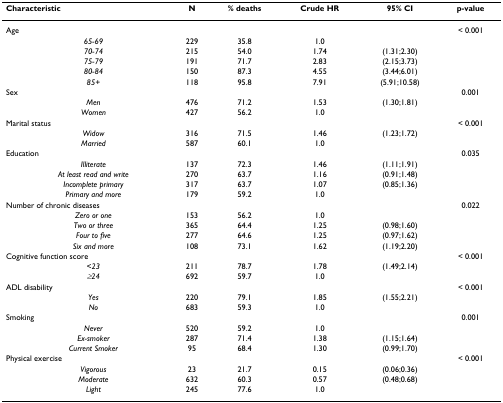
<table><thead><tr><td><b>Characteristic</b></td><td><b>N</b></td><td><b>% deaths</b></td><td><b>Crude HR</b></td><td><b>95% CI</b></td><td><b>p-value</b></td></tr></thead><tbody><tr><td>Age</td><td>[EMPTY_CELL]</td><td>[EMPTY_CELL]</td><td>[EMPTY_CELL]</td><td>[EMPTY_CELL]</td><td>&lt; 0.001</td></tr><tr><td> <i>65-69</i></td><td>229</td><td>35.8</td><td>1.0</td><td>[EMPTY_CELL]</td><td>[EMPTY_CELL]</td></tr><tr><td> <i>70-74</i></td><td>215</td><td>54.0</td><td>1.74</td><td>(1.31;2.30)</td><td>[EMPTY_CELL]</td></tr><tr><td> <i>75-79</i></td><td>191</td><td>71.7</td><td>2.83</td><td>(2.15;3.73)</td><td>[EMPTY_CELL]</td></tr><tr><td> <i>80-84</i></td><td>150</td><td>87.3</td><td>4.55</td><td>(3.44;6.01)</td><td>[EMPTY_CELL]</td></tr><tr><td> <i>85+</i></td><td>118</td><td>95.8</td><td>7.91</td><td>(5.91;10.58)</td><td>[EMPTY_CELL]</td></tr><tr><td>Sex</td><td>[EMPTY_CELL]</td><td>[EMPTY_CELL]</td><td>[EMPTY_CELL]</td><td>[EMPTY_CELL]</td><td>0.001</td></tr><tr><td> <i>Men</i></td><td>476</td><td>71.2</td><td>1.53</td><td>(1.30;1.81)</td><td>[EMPTY_CELL]</td></tr><tr><td> <i>Women</i></td><td>427</td><td>56.2</td><td>1.0</td><td>[EMPTY_CELL]</td><td>[EMPTY_CELL]</td></tr><tr><td>Marital status</td><td>[EMPTY_CELL]</td><td>[EMPTY_CELL]</td><td>[EMPTY_CELL]</td><td>[EMPTY_CELL]</td><td>&lt; 0.001</td></tr><tr><td> <i>Widow</i></td><td>316</td><td>71.5</td><td>1.46</td><td>(1.23;1.72)</td><td>[EMPTY_CELL]</td></tr><tr><td> <i>Married</i></td><td>587</td><td>60.1</td><td>1.0</td><td>[EMPTY_CELL]</td><td>[EMPTY_CELL]</td></tr><tr><td>Education</td><td>[EMPTY_CELL]</td><td>[EMPTY_CELL]</td><td>[EMPTY_CELL]</td><td>[EMPTY_CELL]</td><td>0.035</td></tr><tr><td> <i>Illiterate</i></td><td>137</td><td>72.3</td><td>1.46</td><td>(1.11;1.91)</td><td>[EMPTY_CELL]</td></tr><tr><td> <i>At least read and write</i></td><td>270</td><td>63.7</td><td>1.16</td><td>(0.91;1.48)</td><td>[EMPTY_CELL]</td></tr><tr><td> <i>Incomplete primary</i></td><td>317</td><td>63.7</td><td>1.07</td><td>(0.85;1.36)</td><td>[EMPTY_CELL]</td></tr><tr><td> <i>Primary and more</i></td><td>179</td><td>59.2</td><td>1.0</td><td>[EMPTY_CELL]</td><td>[EMPTY_CELL]</td></tr><tr><td>Number of chronic diseases</td><td>[EMPTY_CELL]</td><td>[EMPTY_CELL]</td><td>[EMPTY_CELL]</td><td>[EMPTY_CELL]</td><td>0.022</td></tr><tr><td> <i>Zero or one</i></td><td>153</td><td>56.2</td><td>1.0</td><td>[EMPTY_CELL]</td><td>[EMPTY_CELL]</td></tr><tr><td> <i>Two or three</i></td><td>365</td><td>64.4</td><td>1.25</td><td>(0.98;1.60)</td><td>[EMPTY_CELL]</td></tr><tr><td> <i>Four to five</i></td><td>277</td><td>64.6</td><td>1.25</td><td>(0.97;1.62)</td><td>[EMPTY_CELL]</td></tr><tr><td> <i>Six and more</i></td><td>108</td><td>73.1</td><td>1.62</td><td>(1.19;2.20)</td><td>[EMPTY_CELL]</td></tr><tr><td>Cognitive function score</td><td>[EMPTY_CELL]</td><td>[EMPTY_CELL]</td><td>[EMPTY_CELL]</td><td>[EMPTY_CELL]</td><td>&lt; 0.001</td></tr><tr><td> <i>&lt;23</i></td><td>211</td><td>78.7</td><td>1.78</td><td>(1.49;2.14)</td><td>[EMPTY_CELL]</td></tr><tr><td> <i>≥24</i></td><td>692</td><td>59.7</td><td>1.0</td><td>[EMPTY_CELL]</td><td>[EMPTY_CELL]</td></tr><tr><td>ADL disability</td><td>[EMPTY_CELL]</td><td>[EMPTY_CELL]</td><td>[EMPTY_CELL]</td><td>[EMPTY_CELL]</td><td>&lt; 0.001</td></tr><tr><td> <i>Yes</i></td><td>220</td><td>79.1</td><td>1.85</td><td>(1.55;2.21)</td><td>[EMPTY_CELL]</td></tr><tr><td> <i>No</i></td><td>683</td><td>59.3</td><td>1.0</td><td>[EMPTY_CELL]</td><td>[EMPTY_CELL]</td></tr><tr><td>Smoking</td><td>[EMPTY_CELL]</td><td>[EMPTY_CELL]</td><td>[EMPTY_CELL]</td><td>[EMPTY_CELL]</td><td>0.001</td></tr><tr><td> <i>Never</i></td><td>520</td><td>59.2</td><td>1.0</td><td>[EMPTY_CELL]</td><td>[EMPTY_CELL]</td></tr><tr><td> <i>Ex-smoker</i></td><td>287</td><td>71.4</td><td>1.38</td><td>(1.15;1.64)</td><td>[EMPTY_CELL]</td></tr><tr><td> <i>Current Smoker</i></td><td>95</td><td>68.4</td><td>1.30</td><td>(0.99;1.70)</td><td>[EMPTY_CELL]</td></tr><tr><td>Physical exercise</td><td>[EMPTY_CELL]</td><td>[EMPTY_CELL]</td><td>[EMPTY_CELL]</td><td>[EMPTY_CELL]</td><td>&lt; 0.001</td></tr><tr><td> <i>Vigorous</i></td><td>23</td><td>21.7</td><td>0.15</td><td>(0.06;0.36)</td><td>[EMPTY_CELL]</td></tr><tr><td> <i>Moderate</i></td><td>632</td><td>60.3</td><td>0.57</td><td>(0.48;0.68)</td><td>[EMPTY_CELL]</td></tr><tr><td> <i>Light</i></td><td>245</td><td>77.6</td><td>1.0</td><td>[EMPTY_CELL]</td><td>[EMPTY_CELL]</td></tr></tbody></table>